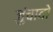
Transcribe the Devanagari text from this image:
जुंचावो